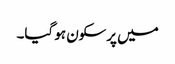
میں پرسکون ہو گیا۔